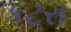
કટરા